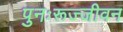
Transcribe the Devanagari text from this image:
पुनःरूज्जीवन